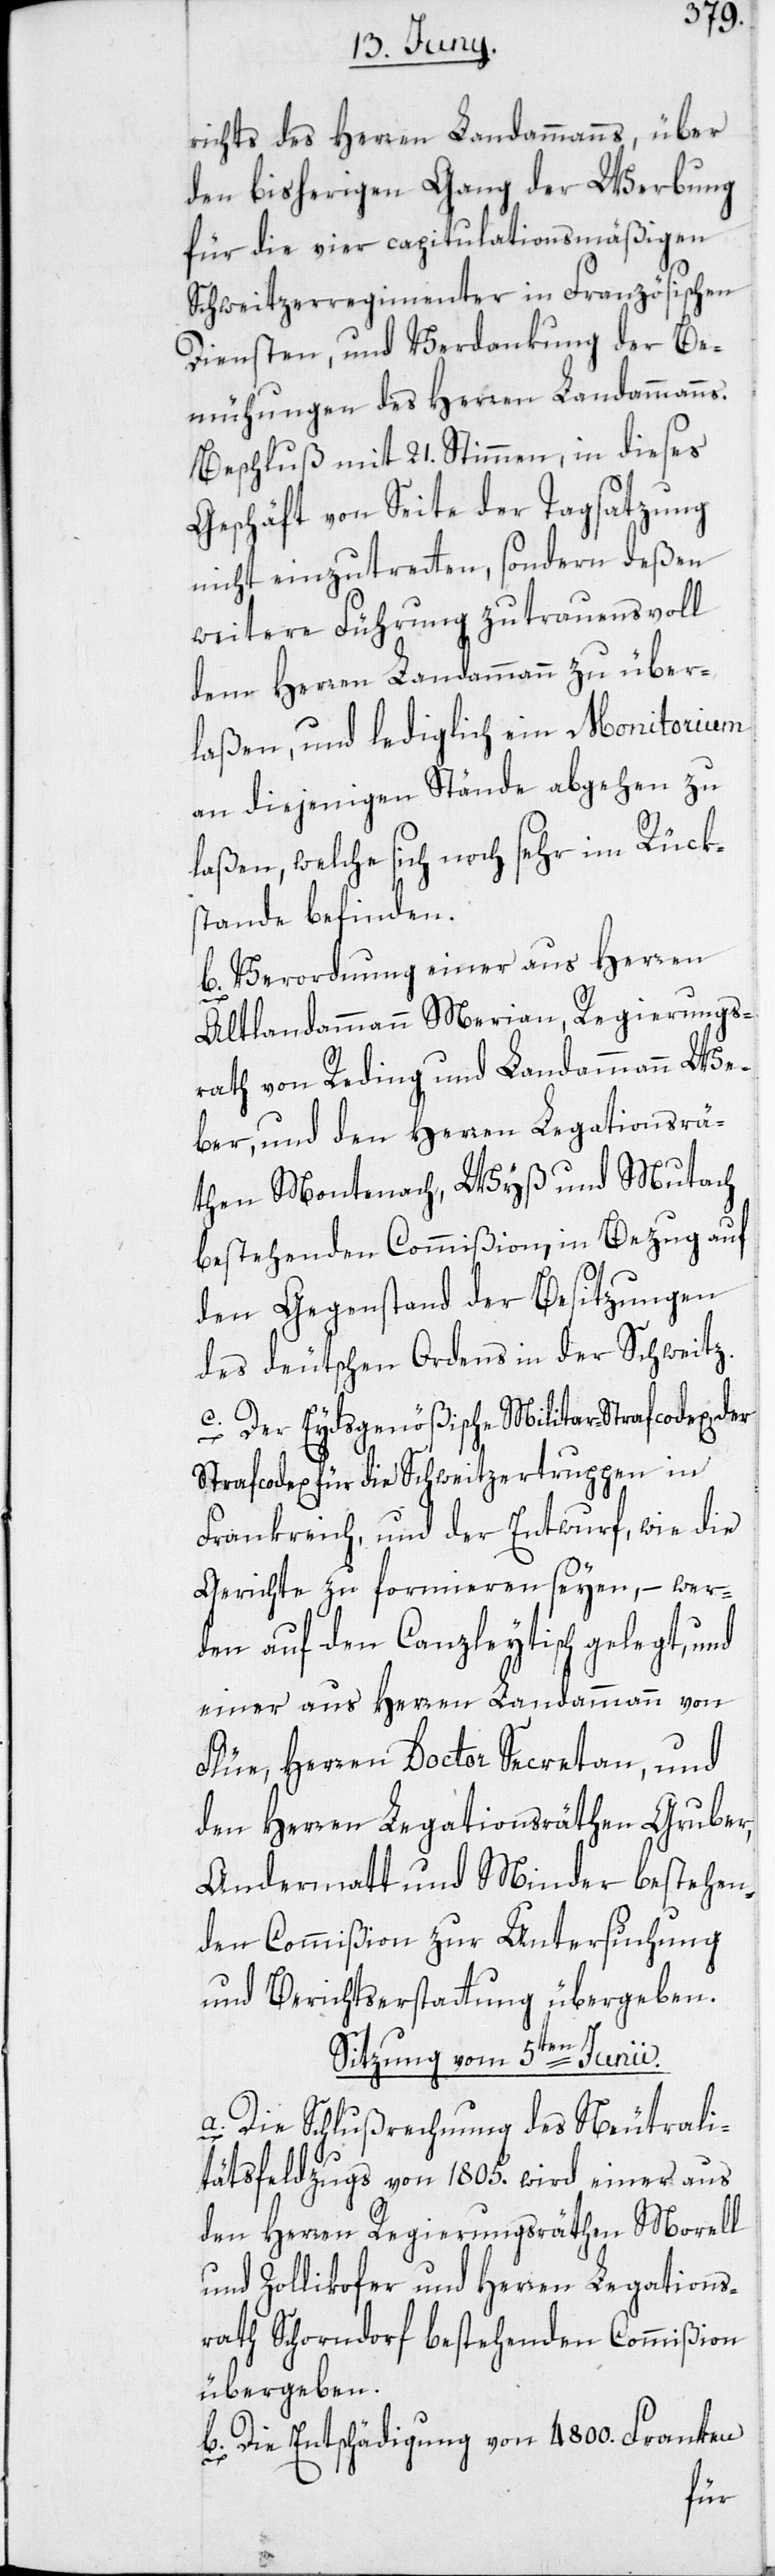
richts des Herren Landammanns, über
den bisherigen Gang der Werbung
für die vier capitulationsmäßigen
Schweitzerregimenter in Französischen
Diensten, und Verdankung der Be¬
mühungen des Herren Landammanns.
Beschluß mit 21. Stimmen, in dieses
Geschäft von Seite der Tagsatzung
nicht einzutretten, sondern deßen
weitere Führung zutrauensvoll
dem Herren Landammann zu über¬
laßen, und lediglich ein Monitorium
an diejenigen Stände abgehen zu
laßen, welche sich noch sehr im Rück¬
stande befinden.
b. Verordnung einer aus Herren
Altlandammann Merian, Regierungs¬
rath von Reding und Landammann We¬
ber, und den Herren Legationsrä¬
then Montenach, Wyß und Mutach
bestehenden Commißion, in Bezug auf
den Gegenstand der Besitzungen
des deutschen Ordens in der Schweitz.
c. Der Eydsgenößische Militar-Strafcodex, der
Strafcodex für die Schweitzertruppen in
Frankreich, und der Entwurf, wie die
Gerichte zu formieren seyen, – wer¬
den auf den Canzleytisch gelegt, und
einer aus Herren Landammann von
Flüe, Herren Doctor Secretan, und
den Herren Legationsräthen Gruber,
Andermatt und Minder bestehen¬
den Commißion zur Untersuchung
und Berichtserstattung übergeben.
Sitzung vom 5ten Junii.
a. Die Schlußrechnung des Neutrali¬
tätsfeldzugs von 1805. wird einer aus
den Herren Regierungsräthen Morell
und Zollikofer und Herren Legations¬
rath Schorndorf bestehenden Commißion
übergeben.
b. Die Entschädigung von 4800. Franken